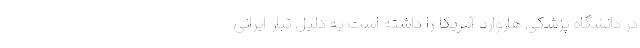
در دانشگاه پزشکی هاروارد آمریکا را داشته است به دلیل تبار ایرانی‌